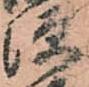
源